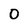
Character: 0